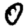
Digit: 0